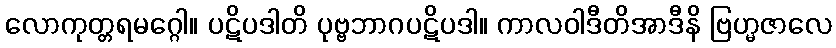
လောကုတ္တရမဂ္ဂေါ။ ပဋိပဒါတိ ပုဗ္ဗဘာဂပဋိပဒါ။ ကာလဝါဒီတိအာဒီနိ ဗြဟ္မဇာလေ